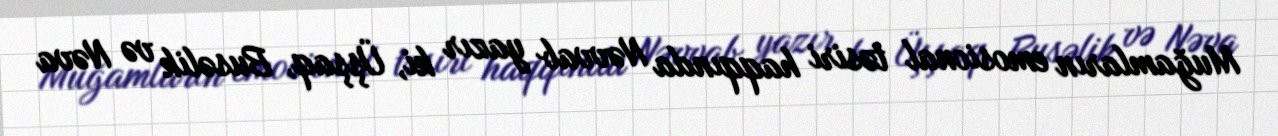
Muğamların emosional təsiri haqqında Nəvvab yazır ki, Üşşaq, Busəlik və Nəva